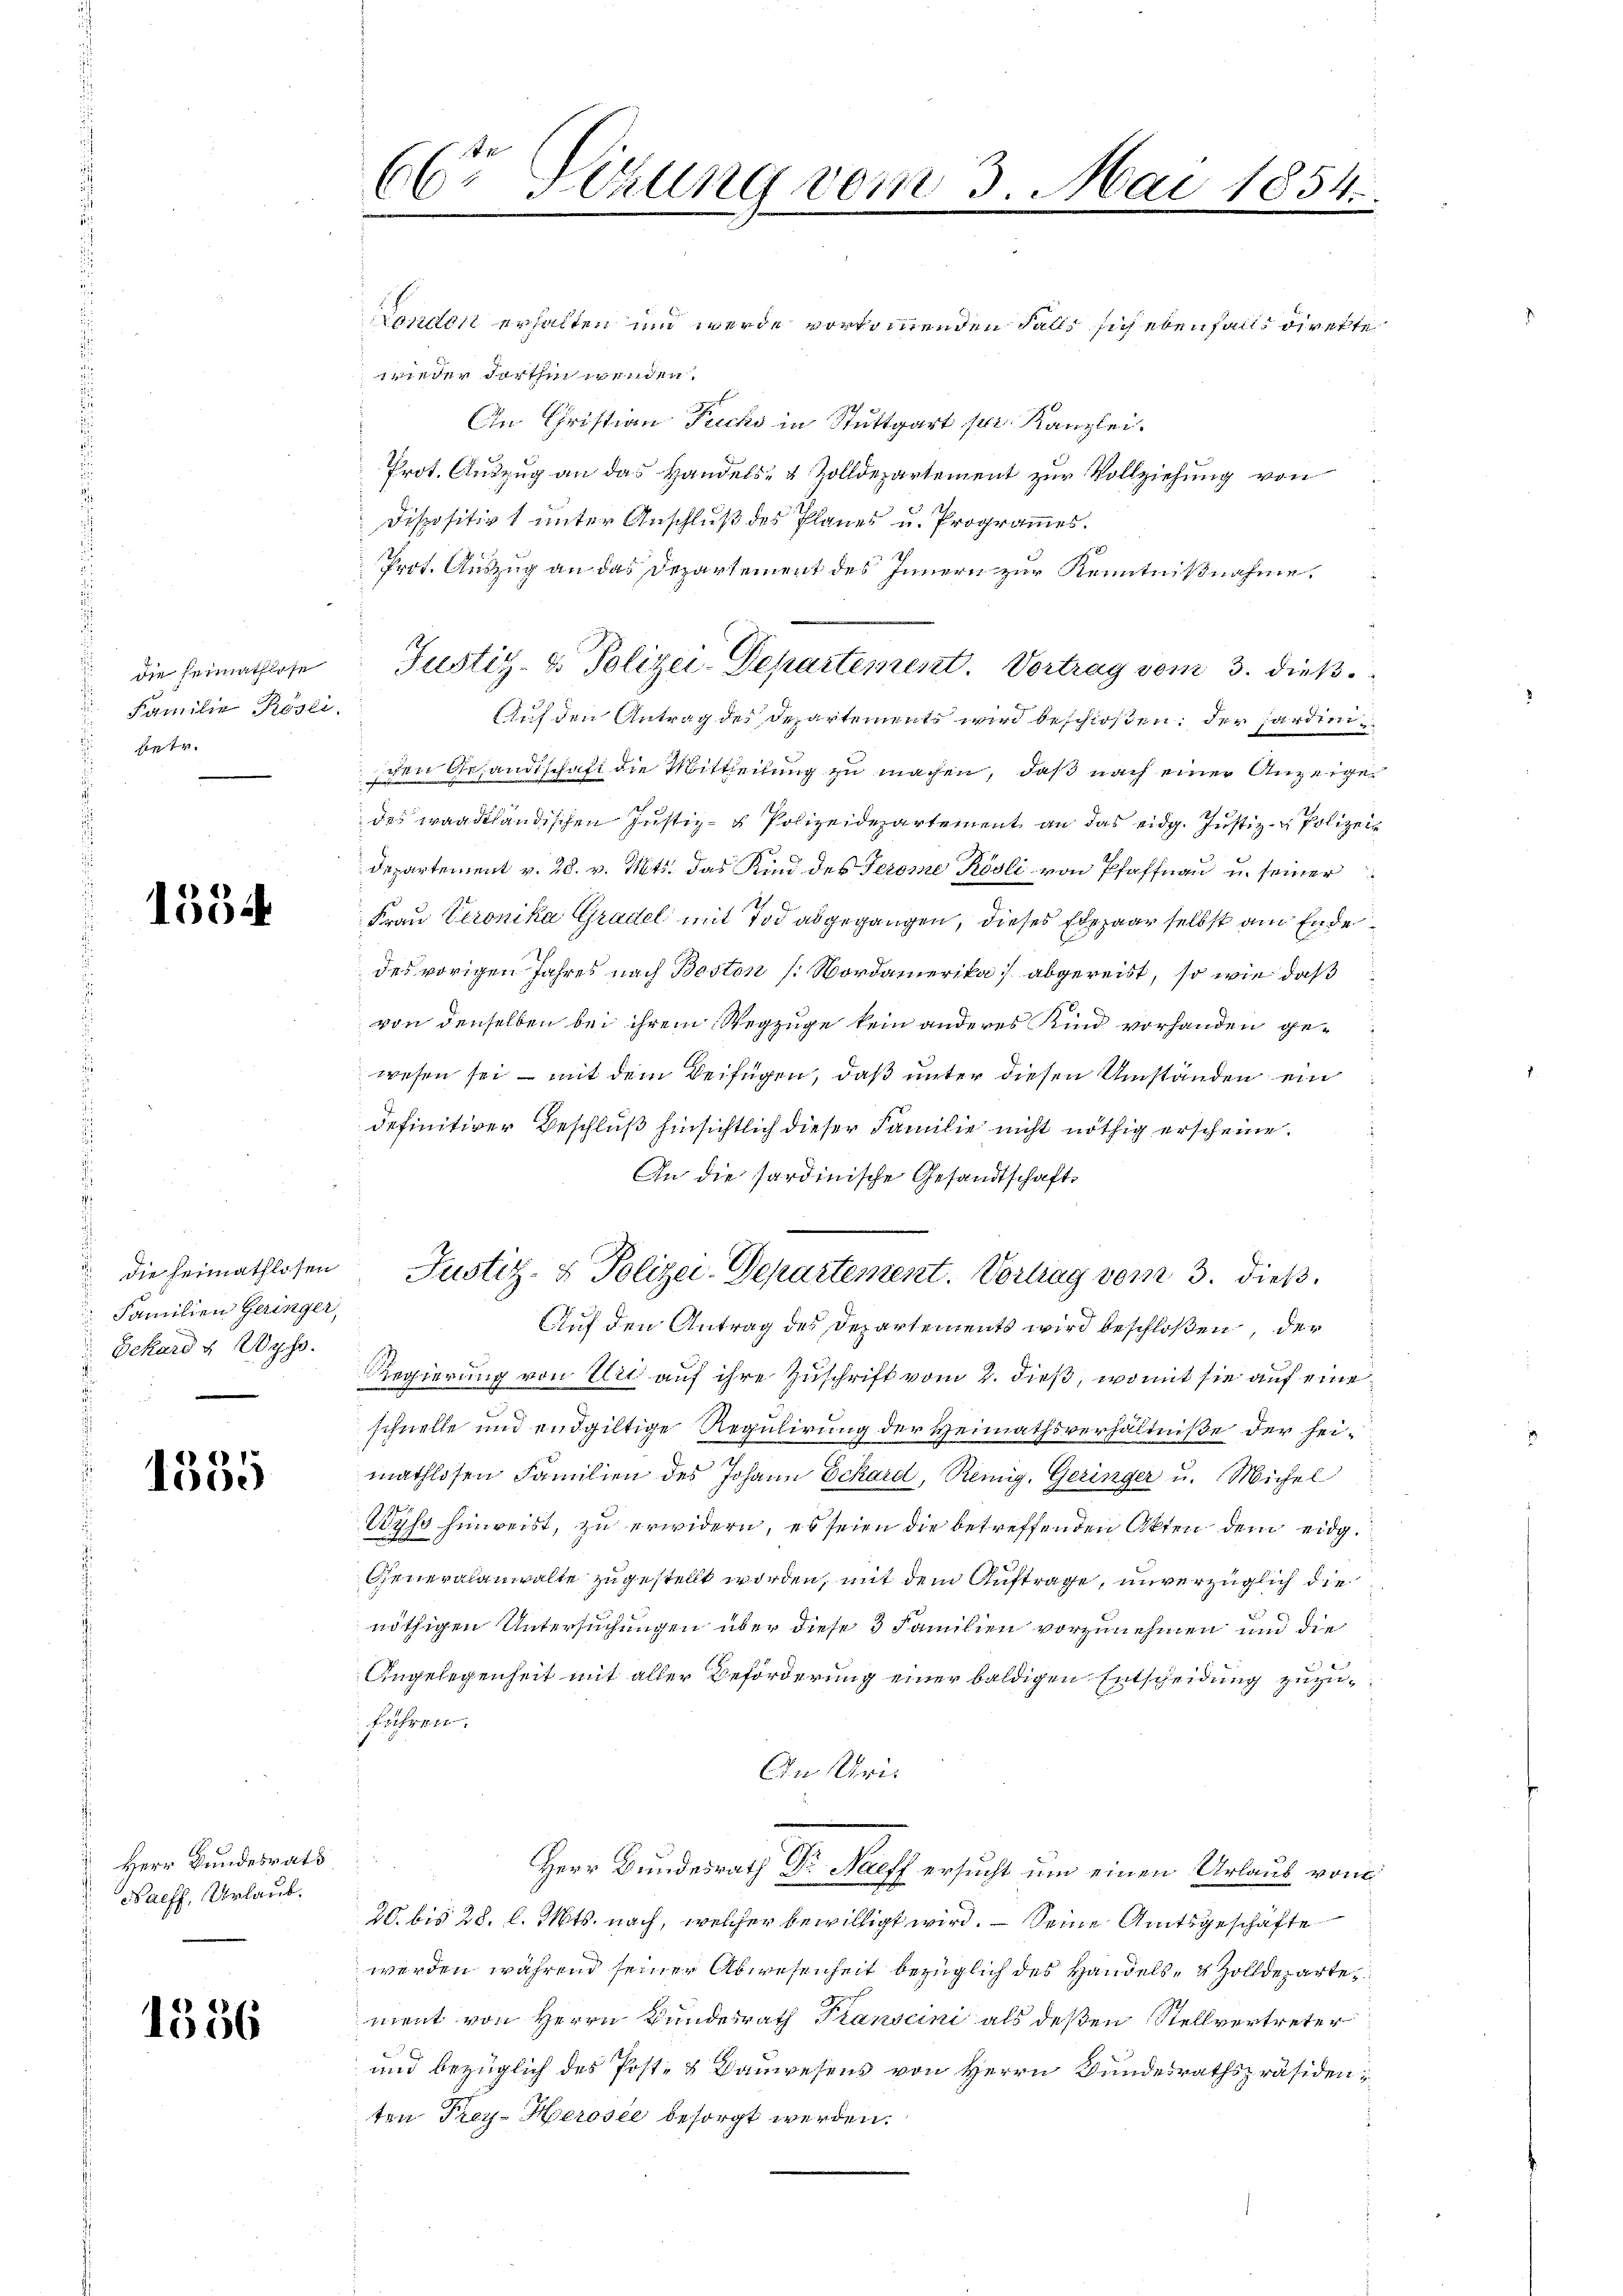
die Heimathlose
Familie Rösli.
netr.

1354

die Heimathlosen
Familien Geringer
Gekard u Wyss.

1335

Herr Bundesrats
Paeff, Urlaub.

1356

66 Sezung vom 3. Mai 1854.

London erhalten und werde vorkommenden Falls sich ebenfalls direkte
wiedern darthin wenden.
An Christian Fuchs in Stuttgart pr. Kanzlei.
Prot. Auszug an das Handels- & Zolldepartement zur Vollziehung von
Dispositivs unter Anschluß des Planes u. Programmes.
Prot. Auszug an das Departement des Innern zur Kenntnißnahme.
Justiz- & Polizei-Departement. Vortrag vom 3. dieß.
Auf den Antrag des Departements wird beschloßen; der jardienchen Gesandtschaft die Mittheilung zu machen, daß nach einer Anzeige
des waadtländischen Justiz- & Polizeidepartement an das eidg. Justiz- & Polizei¬
Departement v. 28. v. Mts. das Kind des Jerome Rösli von Pfaffnau u. seiner
x
Frau Veronika Gradel mit Tod abgegangen, dieses Ehepaar selbst am Ende
des vorigen Jahres nach Besten /: Nordamerika abgereist, so wie daß
von denselben bei ihrem Wegzuge kein anderes Kind vorhanden gewesen sei – mit dem Beifügen, daß unter diesen Umständen ein
definitiver Beschluß hinsichtlich dieser Familie nicht nöthig erscheine.
An die Sardinische Gesandtschaft¬
Justiz- & Polizei-Departement. Vortrag vom 3. dieß.
Auf den Antrag des Departements wird beschloßen, der
Regierung von Uri auf ihre Zuschrift vom 2. dieß, womit sie auf eine
schnelle und endgültige Regulirung der Heimathsverhältniße der heimathlosen Familien des Johann Schard, Reinig. Geringer u. Michel
12
ist hinweist, zu erwidern, es seien die betreffenden Akten dem eidg.
Generalanwalte zugestellt worden, mit dem Auftrage, unverzüglich die
nöthigen Untersuchungen über diese 3 Familien vorzunehmen und die
Angelegenheit mit aller Beförderung einer baldigen Entscheidung zuzuführen.
An Uri¬
Herr Bundesrath Dr. Nieff ersucht um einen Urlaub von
20. bis 28. l. Mts. nach, welcher bewilligt wird. — Seine Amtsgeschäfte
werden während seiner Abwesenheit bezüglich des Handels- & Zolldepartement von Herrn Bundesrath Transcini als deßen Stellvertreter
und bezüglich des Post- & Bauwesens von Herrn Bundesrathspräsidenten Frey- Herosee besorgt werden.